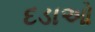
દડાઓ